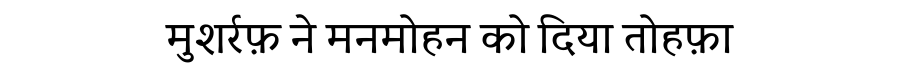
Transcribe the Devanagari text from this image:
मुशर्रफ़ ने मनमोहन को दिया तोहफ़ा